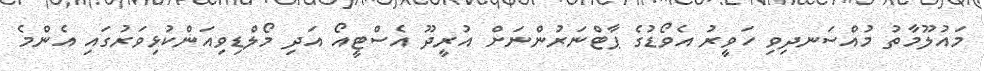
މައުލޫމާތު މުއްސަނދިވި ހަވީރު އެވޯޑުގެ ޕާޓްނަރުންނަށް އުރީދޫ އެސްޓީއޯ އަދި މޯލްޑިވިއަންކުޅިވަރުގައި އެންމެ